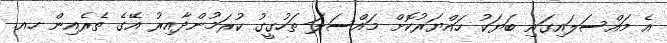
އެ މައްސަލައިގައި ބަޔަކު ހައްޔަރުކޮށް މައްސަލަ ތަހުގީގު ކުރަމުންދާއިރު އޭގެ ތެރެއިން ހއ.